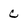
Character: c